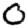
Digit: 0